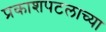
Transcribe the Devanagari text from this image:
प्रकाशपटलाच्या